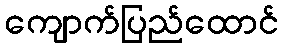
ကျောက်ပြည်ထောင်